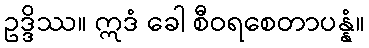
ဥဒ္ဒိဿ။ ဣဒံ ခေါ စီဝရစေတာပန္နံ။